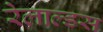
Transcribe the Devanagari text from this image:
रेलाल्डस